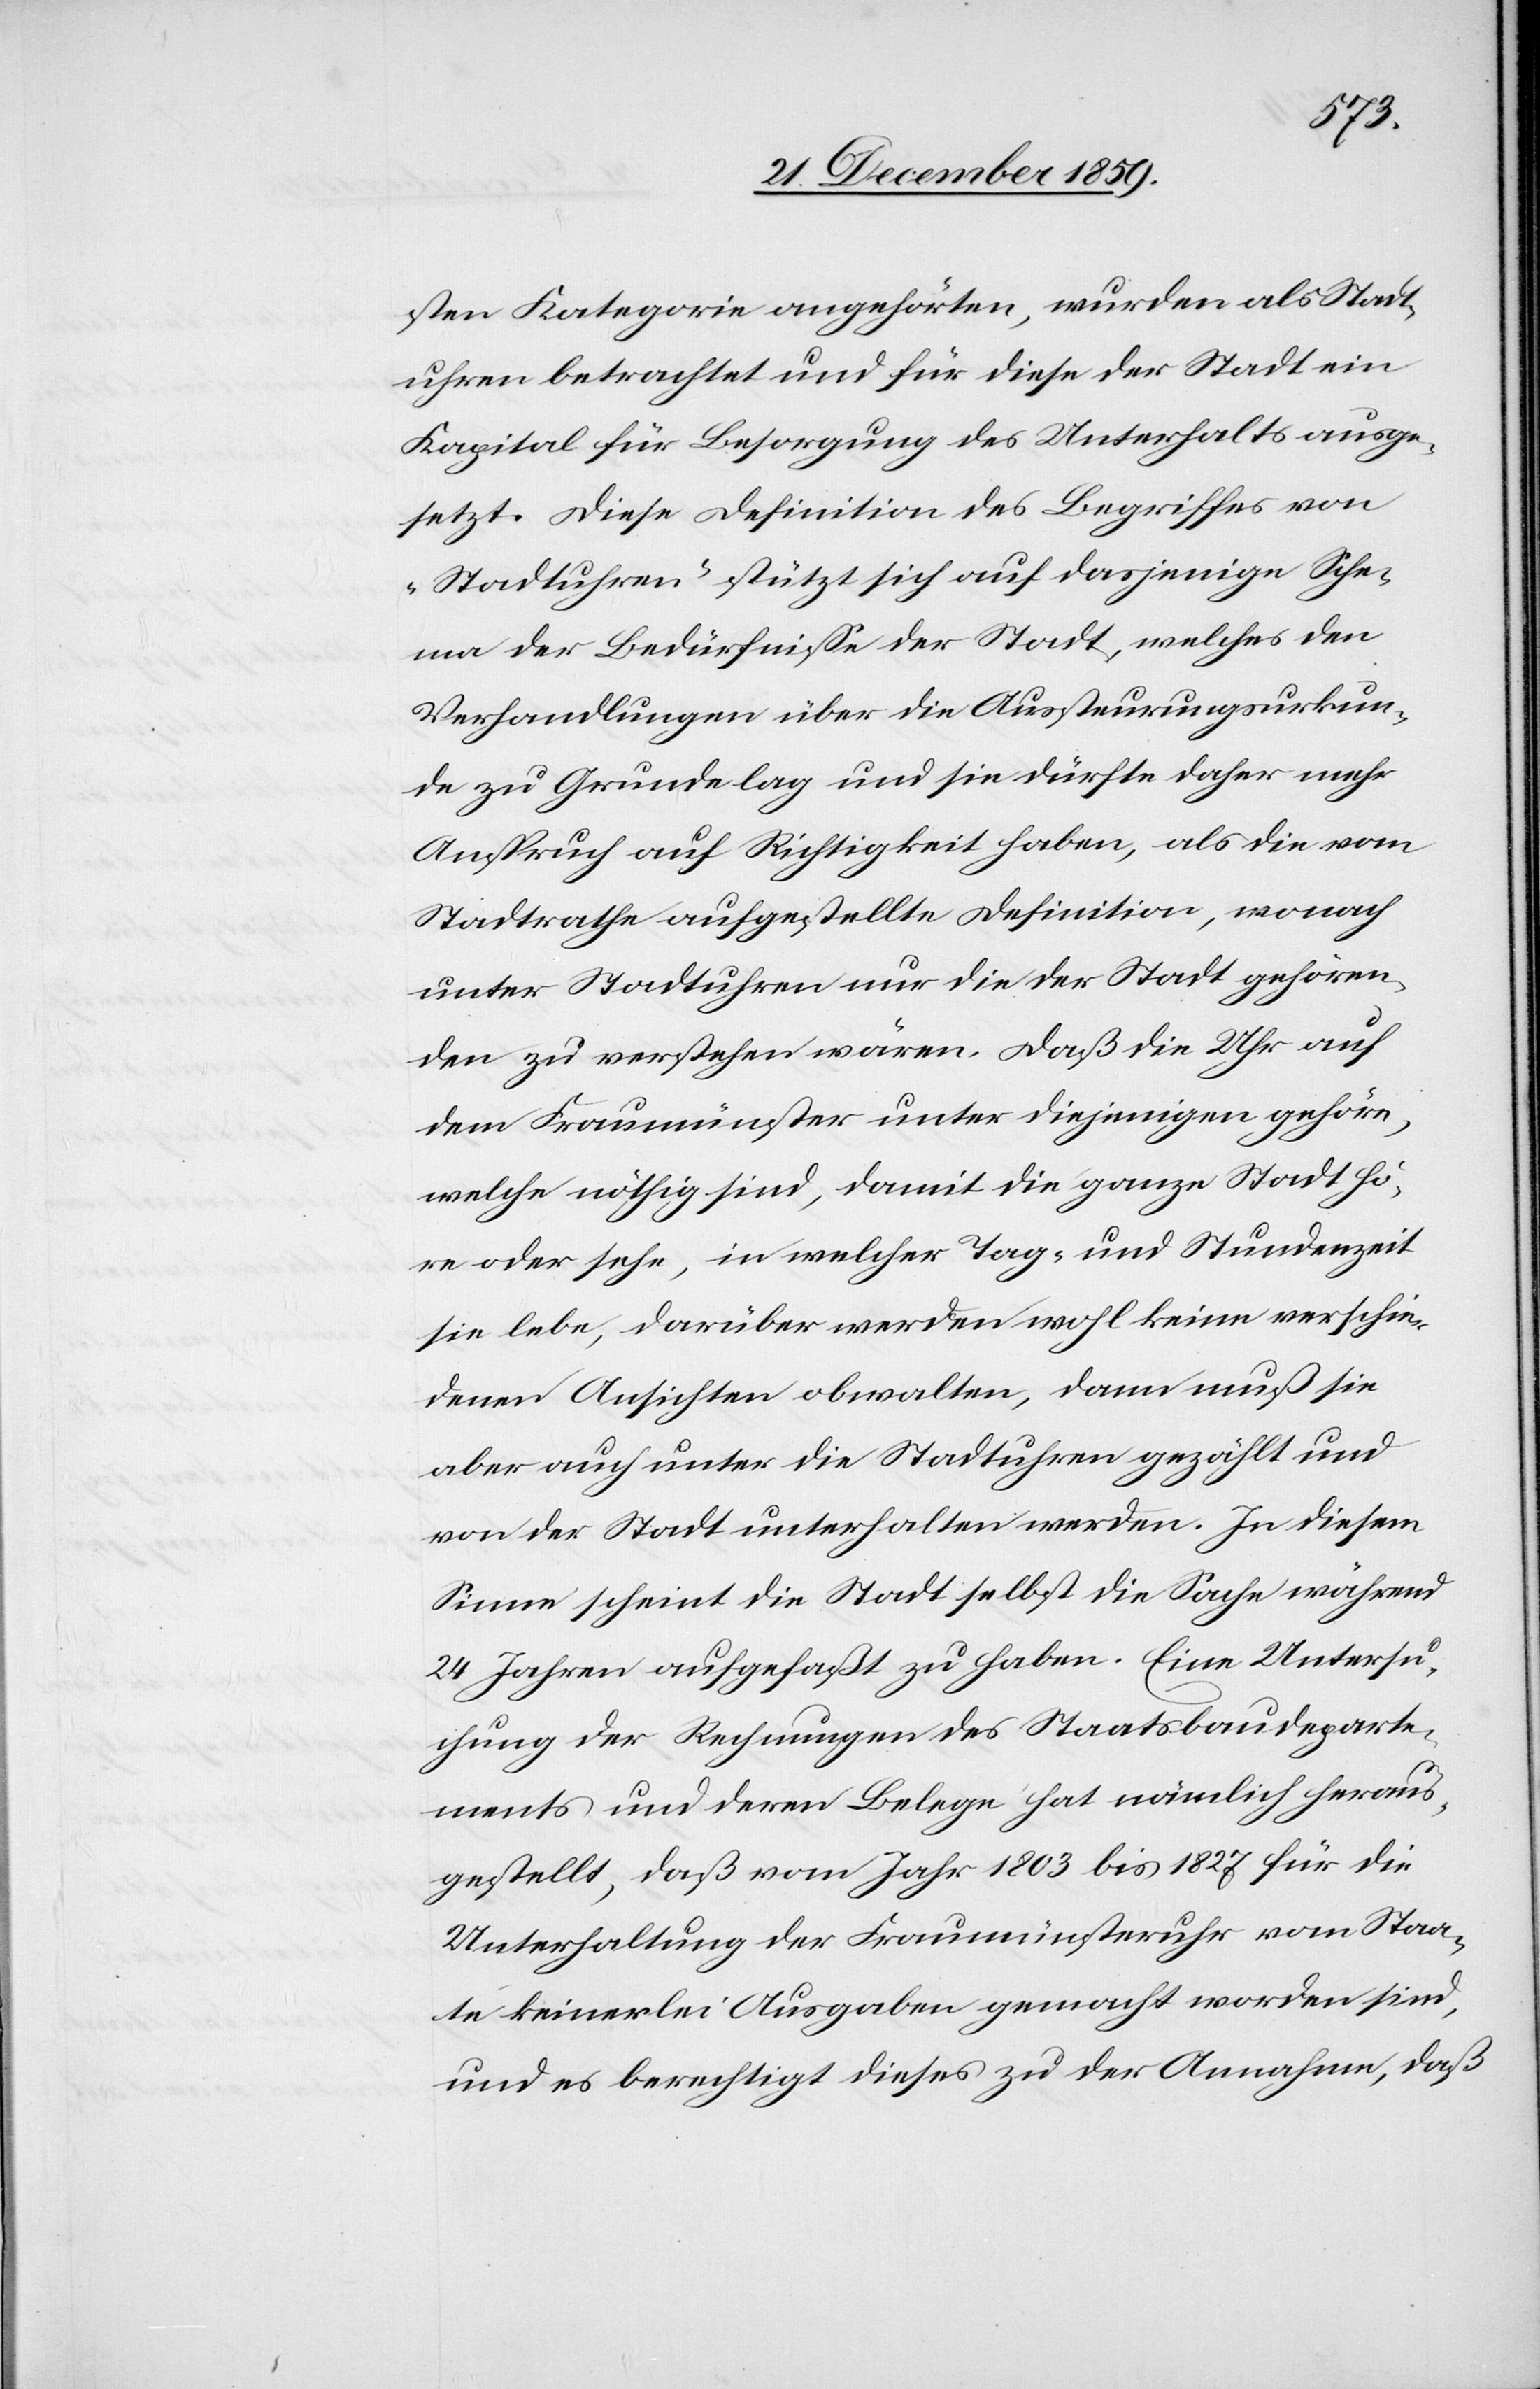
sten Kategorie angehörten, wurden als Stadt¬
uhren betrachtet und für diese der Stadt ein
Kapital für Besorgung des Unterhalts ausge¬
setzt. Diese Definition des Begriffes von
„Stadtuhren“ stützt sich auf dasjenige Sche¬
ma der Bedürfnisse der Stadt, welches den
Verhandlungen über die Aussteurungsurkun¬
de zu Grunde lag und sie dürfte daher mehr
Anspruch auf Richtigkeit haben, als die vom
Stadtrathe aufgestellte Definition, wonach
unter Stadtuhren nur die der Stadt gehören¬
den zu verstehen wären. Daß die Uhr auf
dem Fraumünster unter diejenigen gehöre,
welche nöthig sind, damit die ganze Stadt hö¬
re oder sehe, in welcher Tag- und Stundenzeit
sie lebe, darüber werden wohl keine verschie¬
denen Ansichten obwalten, dann muß sie
aber auch unter die Stadtuhren gezählt und
von der Stadt unterhalten werden. In diesem
Sinne scheint die Stadt selbst die Sache während
24 Jahren aufgefaßt zu haben. Eine Untersu¬
chung der Rechnungen des Staatsbaudeparte¬
ments und deren Belege hat nämlich heraus¬
gestellt, daß vom Jahr 1803 bis 1827 für die
Unterhaltung der Fraumünsteruhr vom Staa¬
te keinerlei Ausgaben gemacht worden sind,
und es berechtigt dieses zu der Annahme, daß